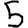
Digit: 5